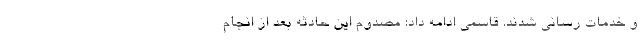
و خدمات رسانی شدند. قاسمی ادامه داد: مصدوم این حادثه بعد از انجام